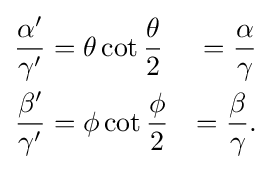
{\begin{aligned}{\frac {\alpha '}{\gamma '}}&=\theta \cot {\frac {\theta }{2}}&={\frac {\alpha }{\gamma }}\\{\frac {\beta '}{\gamma '}}&=\phi \cot {\frac {\phi }{2}}&={\frac {\beta }{\gamma }}.\end{aligned}}